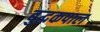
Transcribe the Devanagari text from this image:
बुद्धकपाल